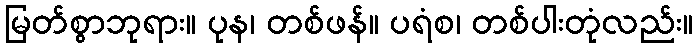
မြတ်စွာဘုရား။ ပုန၊ တစ်ဖန်။ ပရံစ၊ တစ်ပါးတုံလည်း။